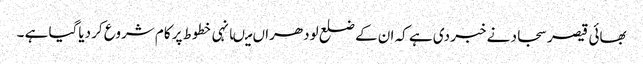
بھائی قیصر سجاد نے خبر دی ہے کہ ان کے ضلع لودھراں میںانہی خطوط پر کام شروع کر دیاگیا ہے ۔